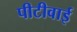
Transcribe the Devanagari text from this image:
पीटीवाई